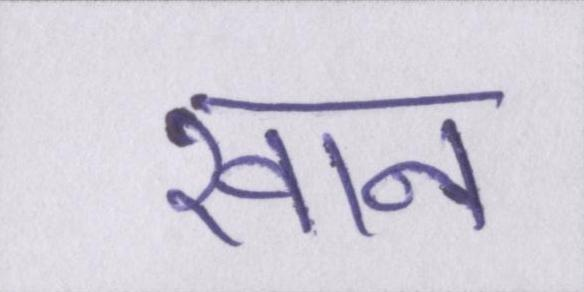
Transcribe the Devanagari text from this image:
खान